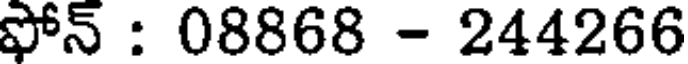
ఫోన్ : 08868 - 244266